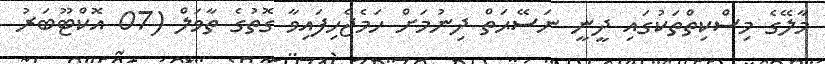
މާލޭގެ މިސްކިތްތަކުގައި ދީނީ ނަސޭޙަތް ދިނުމަށް ހަމެޖެހިފައިވާ ގޮތުގެ ތާވަލް (07 އޮކްޓޫބަރު